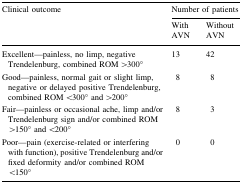
<table><thead><tr><td rowspan="2"><b>Clinical outcome</b></td><td colspan="2"><b>Number of patients</b></td></tr><tr><td><b>With AVN</b></td><td><b>Without AVN</b></td></tr></thead><tbody><tr><td>Excellent—painless, no limp, negative Trendelenburg, combined ROM &gt;300°</td><td>13</td><td>42</td></tr><tr><td>Good—painless, normal gait or slight limp, negative or delayed positive Trendelenburg, combined ROM &lt;300° and &gt;200°</td><td>8</td><td>8</td></tr><tr><td>Fair—painless or occasional ache, limp and/or Trendelenburg sign and/or combined ROM &gt;150° and &lt;200°</td><td>8</td><td>3</td></tr><tr><td>Poor—pain (exercise-related or interfering with function), positive Trendelenburg and/or fixed deformity and/or combined ROM &lt;150°</td><td>0</td><td>0</td></tr></tbody></table>